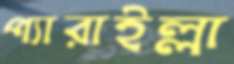
প্যারাইল্লা